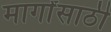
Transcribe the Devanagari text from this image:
मार्गांसाठी